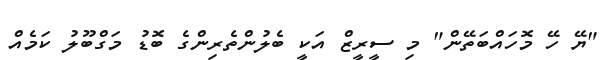
"ޔޭ ހޭ މޮހައްބަތޭން" މި ސީރީޒް އަކީ ބެލުންތެރިންގެ ބޮޑު މަގްބޫލު ކަމެއް